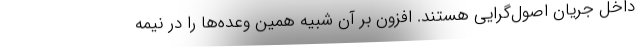
داخل جریان اصول‌گرایی هستند. افزون بر آن شبیه همین وعده‌ها را در نیمه